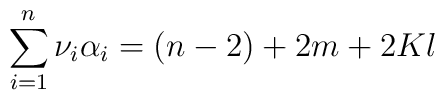
\sum_{i=1}^{n}\nu_{i}\alpha_{i}=(n-2)+2m+2Kl